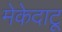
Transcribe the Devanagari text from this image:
मेकेदाटू